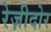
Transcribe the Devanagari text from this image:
रेज़ीदोर